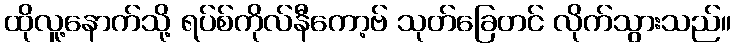
ထိုလူ့နောက်သို့ ရပ်စ်ကိုလ်နီကော့ဗ် သုတ်ခြေတင် လိုက်သွားသည်။